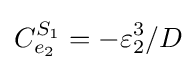
C_{e_{2}}^{S_{1}}=-\varepsilon _{2}^{3}/D